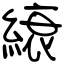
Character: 縗